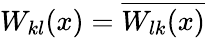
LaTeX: W_{kl}(x)=\overline{{W_{lk}(x)}}